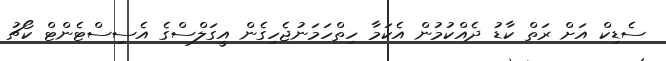
ސެޑިކް އަށް ރަތް ކާޑު ދެއްކުމުން އެކަމާ ހިތްހަމަނުޖެހިގެން އީގަލްސްގެ އެސިސްޓެންޓް ކޯޗު